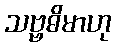
သဗ္ဗဓိမာဟု